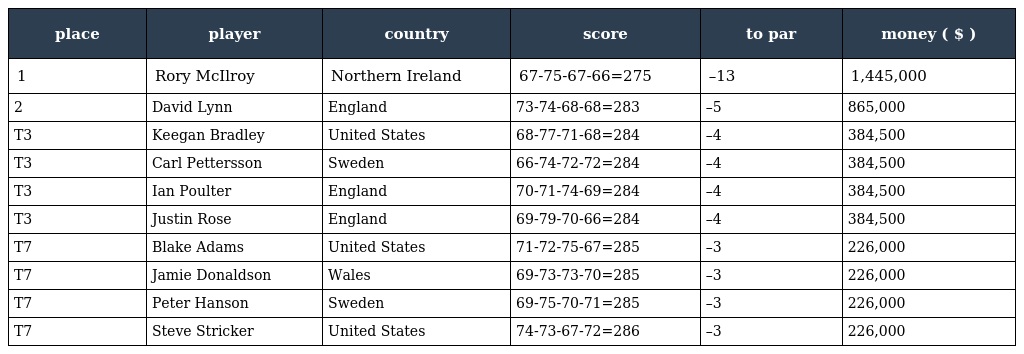
| place | player | country | score | to par | money ( $ ) |
 | --- | --- | --- | --- | --- | --- |
 | 1 | Rory McIlroy | Northern Ireland | 67-75-67-66=275 | –13 | 1,445,000 |
 | 2 | David Lynn | England | 73-74-68-68=283 | –5 | 865,000 |
 | T3 | Keegan Bradley | United States | 68-77-71-68=284 | –4 | 384,500 |
 | T3 | Carl Pettersson | Sweden | 66-74-72-72=284 | –4 | 384,500 |
 | T3 | Ian Poulter | England | 70-71-74-69=284 | –4 | 384,500 |
 | T3 | Justin Rose | England | 69-79-70-66=284 | –4 | 384,500 |
 | T7 | Blake Adams | United States | 71-72-75-67=285 | –3 | 226,000 |
 | T7 | Jamie Donaldson | Wales | 69-73-73-70=285 | –3 | 226,000 |
 | T7 | Peter Hanson | Sweden | 69-75-70-71=285 | –3 | 226,000 |
 | T7 | Steve Stricker | United States | 74-73-67-72=286 | –3 | 226,000 |